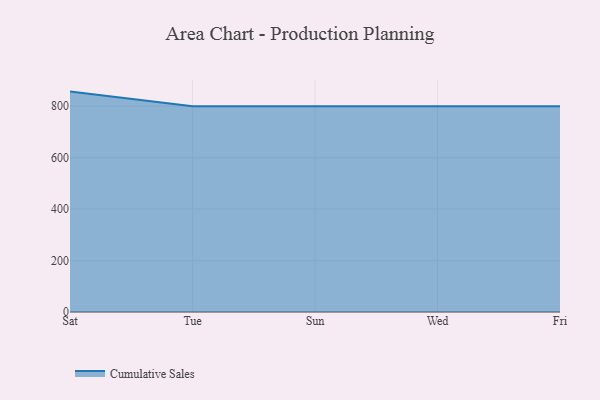
{"axis": {"x": "Day", "y": "Churn Rate (%)"}, "legend": ["Cumulative Sales"], "data": [{"x": "Sat", "y": 856.8, "type": "Cumulative Sales"}, {"x": "Tue", "y": 800, "type": "Cumulative Sales"}, {"x": "Sun", "y": 800, "type": "Cumulative Sales"}, {"x": "Wed", "y": 800, "type": "Cumulative Sales"}, {"x": "Fri", "y": 800, "type": "Cumulative Sales"}]}